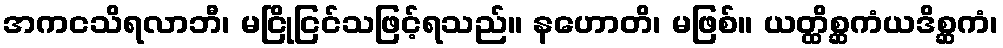
အကငသိရလာဘီ၊ မငြိုငြင်သဖြင့်ရသည်။ နဟောတိ၊ မဖြစ်။ ယတ္ထိစ္ဆကံယဒိစ္ဆကံ၊